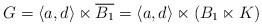
LaTeX: \begin{align*}G=\langle a, d\rangle \ltimes \overline{B_1}=\langle a, d \rangle \ltimes (B_1\ltimes K)\end{align*}